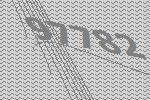
97782